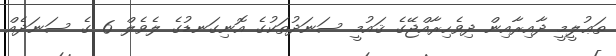
ތަޢުލީމީ ދާއިރާއިން ދިވެހިރާއްޖޭގެ ޤައުމީ ސަނަދުތަކުގެ އޮނިގަނޑުގެ ލެވެލް 6 ގެ ސަނަދެއް